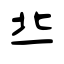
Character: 丠